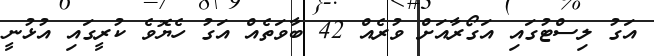
އަގު ލިސްޓުގައި އަގޯރާއަށް ވުރެއް 42 ބާވަތެއް އަގު ހެޔޮވެ ކުރީގައި އުޅުނީ